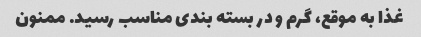
غذا به موقع، گرم و در بسته بندی مناسب رسید. ممنون